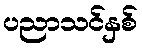
ပညာသင်နှစ်